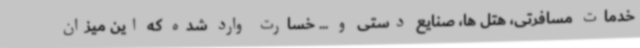
خدمات مسافرتی، هتل ها، صنایع دستی و ... خسارت وارد شده که این میزان